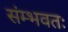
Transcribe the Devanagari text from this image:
संम्भवतः